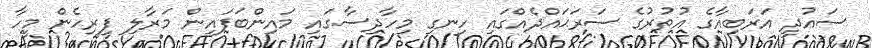
ސައުދީ އަރަބިއާގެ އުތުރުގެ ސަރަޙައްދެއްގައި ހިނގި މިހާދިސާގައި މައިންބަފައިން މަރާލި ފިރިހެން މީހާ